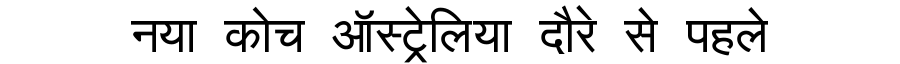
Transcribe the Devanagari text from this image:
नया कोच ऑस्ट्रेलिया दौरे से पहले